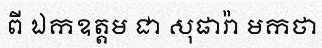
ពី ឯកឧត្តម ជា សុផារ៉ា មកថា